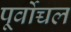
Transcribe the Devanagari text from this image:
पूर्वोच्चल